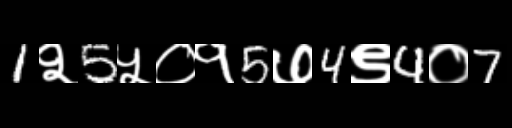
Text: 1२5५०१5७4९4०7